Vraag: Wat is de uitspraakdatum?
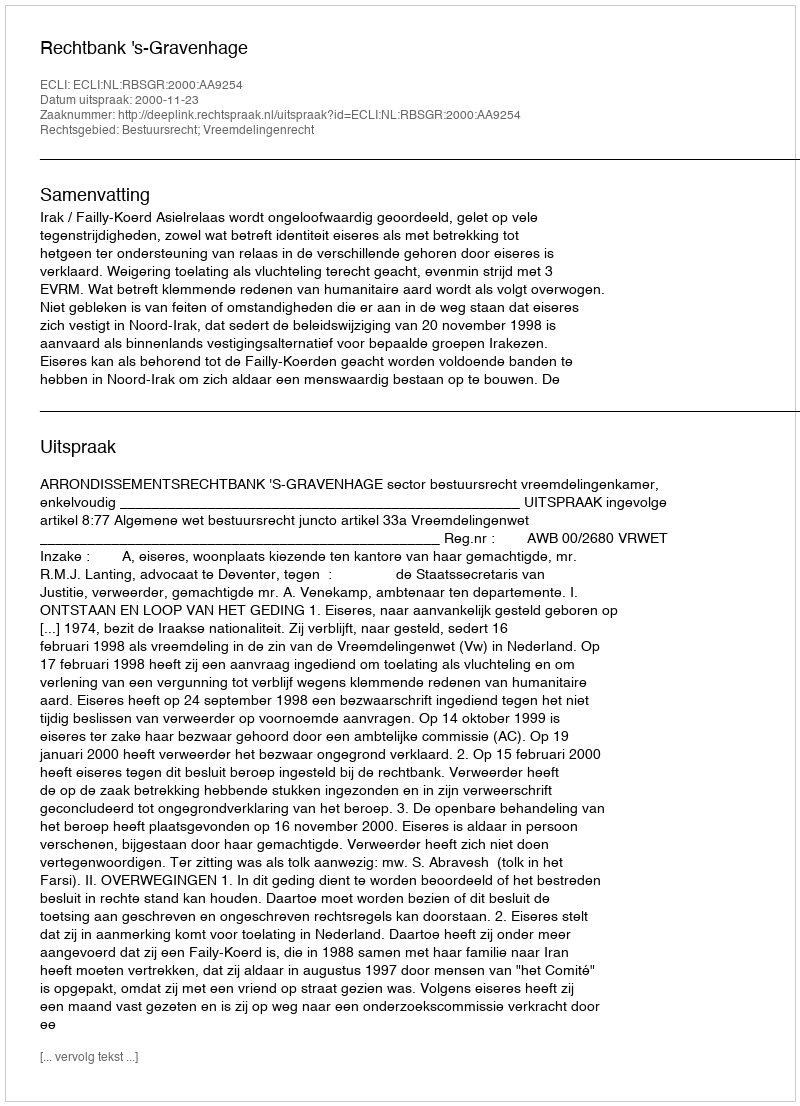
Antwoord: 2000-11-23